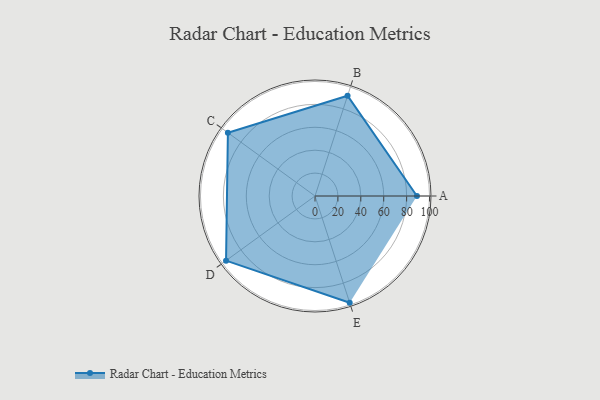
{"axis": {"x": "Skill", "y": "Score"}, "legend": ["Profile"], "data": [{"x": "A", "y": 89.0, "type": "Profile"}, {"x": "B", "y": 92.0, "type": "Profile"}, {"x": "C", "y": 94.0, "type": "Profile"}, {"x": "D", "y": 96.0, "type": "Profile"}, {"x": "E", "y": 98.0, "type": "Profile"}]}